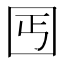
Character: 𡆸